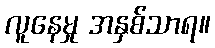
လူနေမှု အနှစ်သာရ။